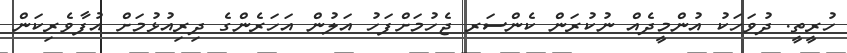
ހުރީތީ. ދުވަހަކު އުންމީދެއް ނުކުރަން ކެންސަރ ޖެހުމަށްފަހު އަލުން އަހަރެންގެ ދިރިއުޅުމަށް އުފާވެރިކަން